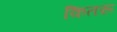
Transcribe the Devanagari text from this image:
कितरू